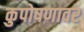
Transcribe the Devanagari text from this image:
कुपोषणावर